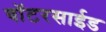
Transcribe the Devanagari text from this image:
वॉटरसाईड